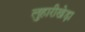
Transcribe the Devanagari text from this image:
लुहारीखेड़ा